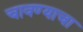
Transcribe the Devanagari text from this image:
चावण्याचा